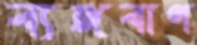
ব্যঙ্গবাণ